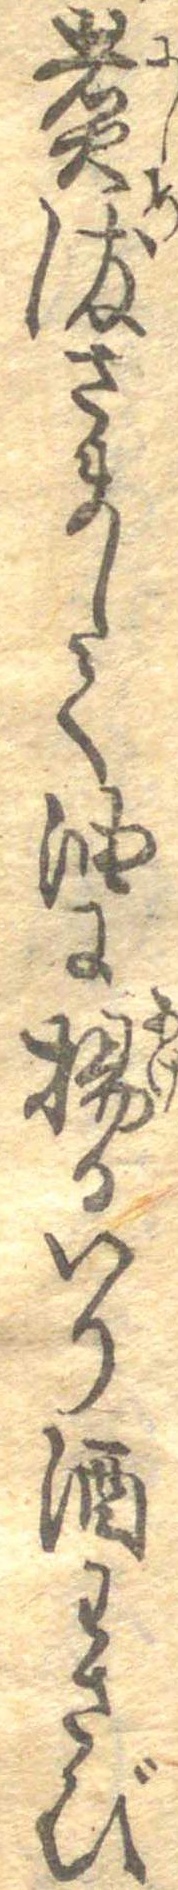
煮染さまして油に揚るいり酒わさび